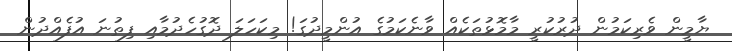
ޔާމީން ވެރިކަމުން ދުރުކުރީ މާމޮޅުތަކެއް ވާނެކަމުގެ އުންމީދުގަ! މިކަހަލަ ދޮގުހެދުމާއި ފިތުނަ އުފެއްދުން